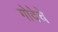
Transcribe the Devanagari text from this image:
गोदेचे